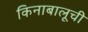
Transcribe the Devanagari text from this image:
किनाबालूची